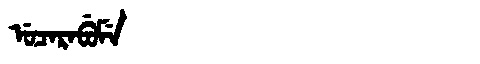
Manchu: ᡠᠴᠠᡵᠠᠪᡠᠮᡝ
Romanization: UCARABUME